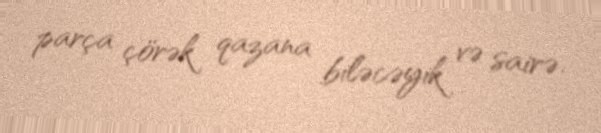
parça çörək qazana biləcəyik və sairə.